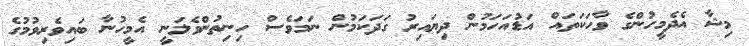
މިޝާ އެދެމީހުންގެ ވާހަކަތައް އަޑުއަހަމުން ދިޔައިރު ގަދަކަމުން ނަމަވެސް ހިނިތުންވެލަނީ އެމީހުނާ ބައިވެރިވުމުގެ